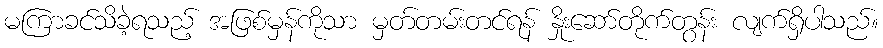
မကြာခင်သိခဲ့ရသည့် အဖြစ်မှန်ကိုသာ မှတ်တမ်းတင်ရန် နှိုးဆော်တိုက်တွန်း လျက်ရှိပါသည်။